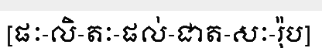
[ផៈ-លិ-តៈ-ផល់-ជាត-សៈ-រ៉ុប]